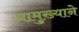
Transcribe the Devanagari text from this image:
प्रामुख्‍याने